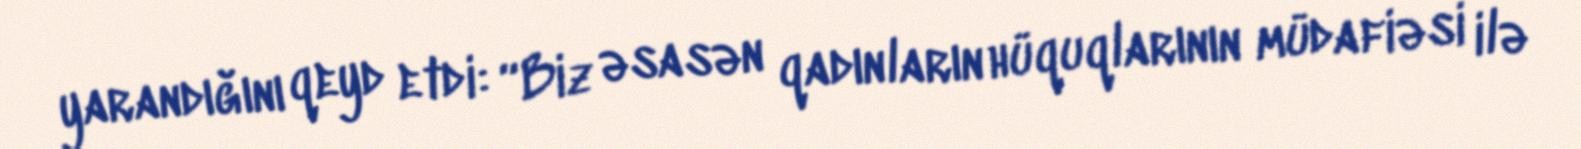
yarandığını qeyd etdi: “Biz əsasən qadınların hüquqlarının müdafiəsi ilə